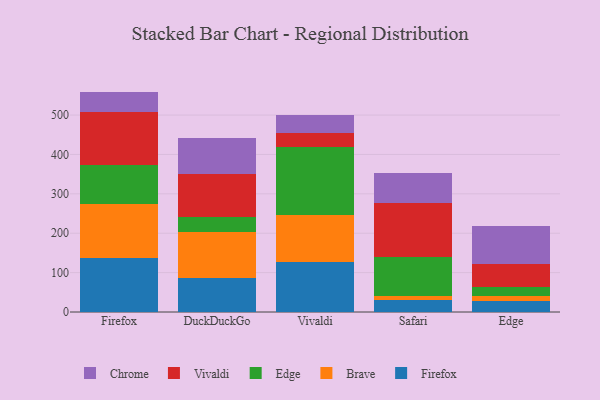
{"axis": {"x": "Browser", "y": "Backlog"}, "legend": ["Brave", "Chrome", "Edge", "Firefox", "Vivaldi"], "data": [{"x": "Firefox", "y": 136.9, "type": "Firefox"}, {"x": "Firefox", "y": 137.6, "type": "Brave"}, {"x": "Firefox", "y": 98.8, "type": "Edge"}, {"x": "Firefox", "y": 134.6, "type": "Vivaldi"}, {"x": "Firefox", "y": 51.7, "type": "Chrome"}, {"x": "DuckDuckGo", "y": 87.5, "type": "Firefox"}, {"x": "DuckDuckGo", "y": 115.3, "type": "Brave"}, {"x": "DuckDuckGo", "y": 38.1, "type": "Edge"}, {"x": "DuckDuckGo", "y": 110.0, "type": "Vivaldi"}, {"x": "DuckDuckGo", "y": 89.7, "type": "Chrome"}, {"x": "Vivaldi", "y": 128.1, "type": "Firefox"}, {"x": "Vivaldi", "y": 117.4, "type": "Brave"}, {"x": "Vivaldi", "y": 172.4, "type": "Edge"}, {"x": "Vivaldi", "y": 36.5, "type": "Vivaldi"}, {"x": "Vivaldi", "y": 46.9, "type": "Chrome"}, {"x": "Safari", "y": 30.6, "type": "Firefox"}, {"x": "Safari", "y": 10.8, "type": "Brave"}, {"x": "Safari", "y": 98.9, "type": "Edge"}, {"x": "Safari", "y": 137.7, "type": "Vivaldi"}, {"x": "Safari", "y": 75.0, "type": "Chrome"}, {"x": "Edge", "y": 29.2, "type": "Firefox"}, {"x": "Edge", "y": 10.5, "type": "Brave"}, {"x": "Edge", "y": 23.2, "type": "Edge"}, {"x": "Edge", "y": 59.3, "type": "Vivaldi"}, {"x": "Edge", "y": 96.9, "type": "Chrome"}]}